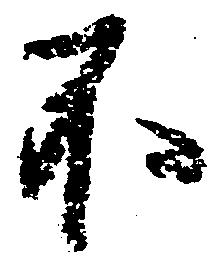
不